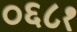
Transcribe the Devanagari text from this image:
०६८१